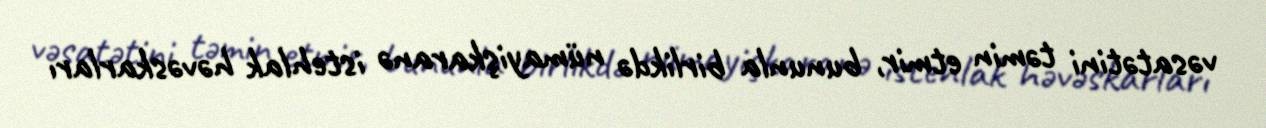
vəsatətini təmin etmir, bununla birlikdə nümayişkaranə istehlak həvəskarları